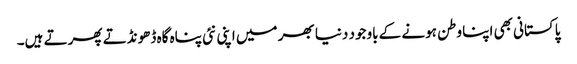
پاکستانی بھی اپنا وطن ہونے کے باوجود دنیا بھر میں اپنی نئی پناہ گاہ ڈھونڈتے پھرتے ہیں۔